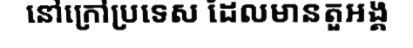
នៅក្រៅប្រទេស ដែលមានតួអង្គ